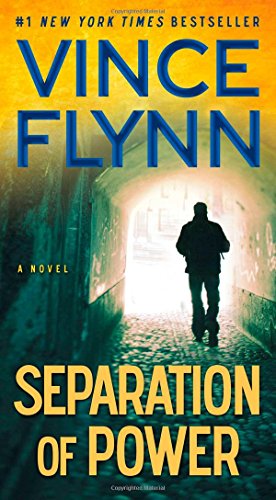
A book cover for Separation of Power (The Mitch Rapp Series); Vince Flynn; Mystery, Thriller & Suspense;